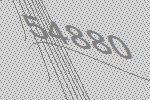
54880